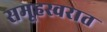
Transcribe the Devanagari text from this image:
समूहस्वरात